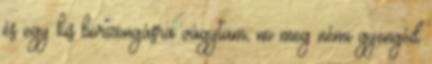
és egy kis borzongásra vágytam, no meg némi gyengéd